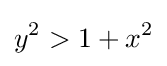
y^{2}>1+x^{2}